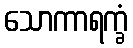
သောကာရက္ခံ